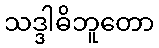
သဒ္ဒါဓိဘူတော